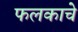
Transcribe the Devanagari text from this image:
फलकाचे